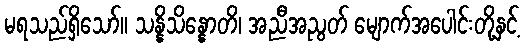
မရသည်ရှိသော်။ သန္နိသိန္နောတိ၊ အညီအညွတ် မျောက်အပေါင်းတို့နှင့်